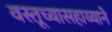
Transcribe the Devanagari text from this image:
वस्तूच्यासहाय्याने